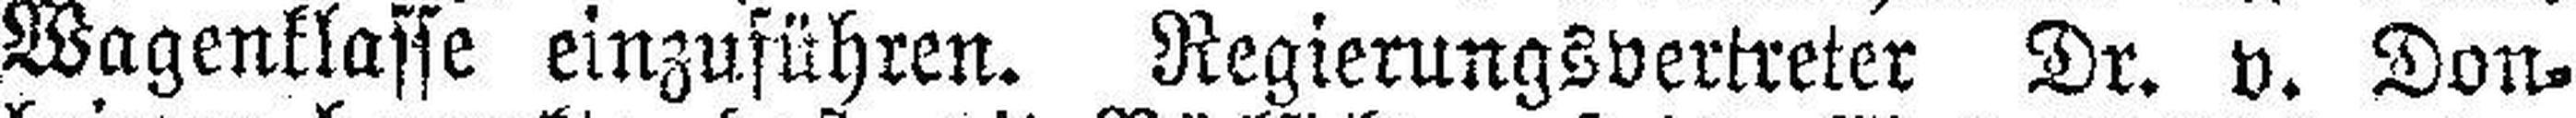
Wagenklasse einzuführen. Regierungsvertreter Dr. v. Don¬